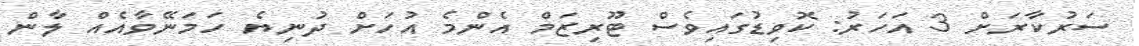
ސަރުކާރަށް 3 އަހަރު: ކޮވިޑުގައިވެސް ޓޫރިޒަމް އެންމެ އުހަށް ދުނިޔެ ހަމަނޭވާއެއް ލާން